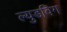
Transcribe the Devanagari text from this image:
ल्युडविग